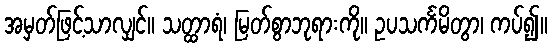
အမှတ်ဖြင့်သာလျှင်။ သတ္ထာရံ၊ မြတ်စွာဘုရားကို။ ဥပသင်္ကမိတွာ၊ ကပ်၍။